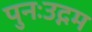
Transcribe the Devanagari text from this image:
पुनःउद्गम